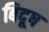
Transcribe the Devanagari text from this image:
बिदूष